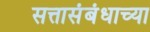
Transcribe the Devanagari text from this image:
सत्तासंबंधाच्या